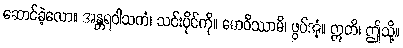
ဆောင်ခဲ့လော။ အန္တရဝါသကံ၊ သင်းပိုင်ကို။ ဓောဝိဿာမိ၊ ဖွပ်အံ့။ ဣတိ၊ ဤသို့။